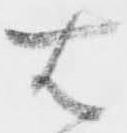
右